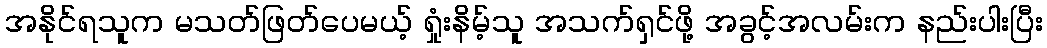
အနိုင်ရသူက မသတ်ဖြတ်ပေမယ့် ရှုံးနိမ့်သူ အသက်ရှင်ဖို့ အခွင့်အလမ်းက နည်းပါးပြီး